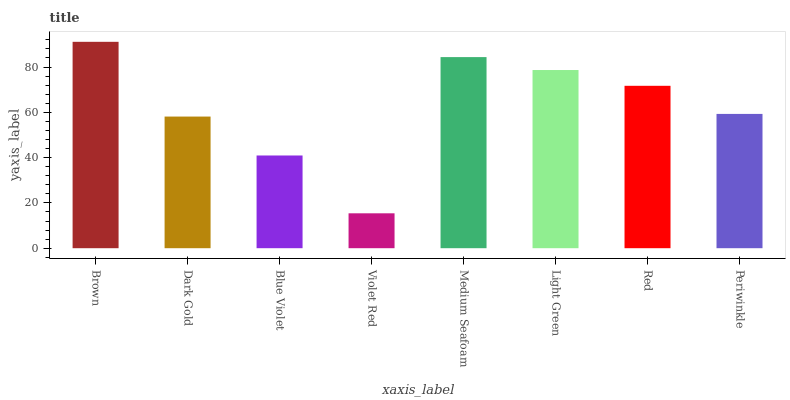
| xaxis_label | bars |
 | --- | --- |
 | Brown | 91.1 |
 | Dark Gold | 58.1 |
 | Blue Violet | 40.9 |
 | Violet Red | 15.4 |
 | Medium Seafoam | 84.4 |
 | Light Green | 78.7 |
 | Red | 71.7 |
 | Periwinkle | 59.3 |